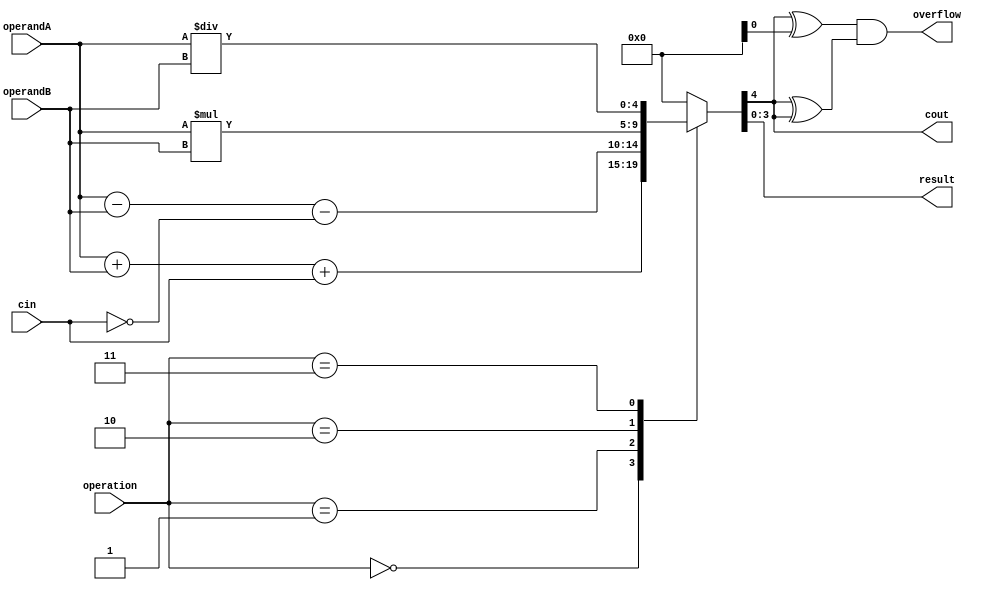
module ALU(input [3:0] operandA, input [3:0] operandB, input [2:0] operation,
           input cin, output [3:0] result, output cout, output overflow);

  reg [4:0] temp_result;

  always @(*)
  begin
    case(operation)
      3'b000: temp_result = operandA + operandB + cin; // Addition
      3'b001: temp_result = operandA - operandB - (~cin); // Subtraction
      3'b010: temp_result = operandA * operandB; // Multiplication
      3'b011: temp_result = operandA / operandB; // Division
      default: temp_result = 4'b0; // Default value
    endcase
  end

  assign result = temp_result[3:0];
  assign cout = temp_result[4];
  assign overflow = (temp_result[4] ^ carry_in) & (temp_result[4] ^ cout);

endmodule